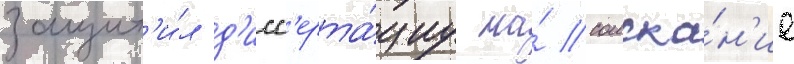
защит'и́л д'исс'ерта́циу на́ соиска́н'ие